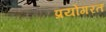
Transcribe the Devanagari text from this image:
प्रयोगरत